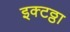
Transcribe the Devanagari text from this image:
इक्टठ्ठा